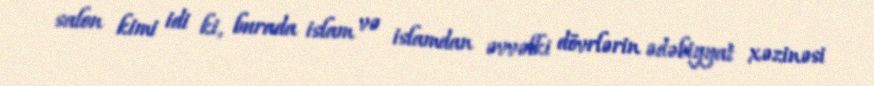
salon kimi idi ki, burada islam və islamdan əvvəlki dövrlərin ədəbiyyat xəzinəsi